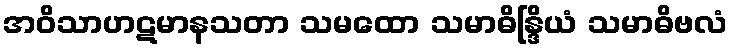
အဝိသာဟဋမာနသတာ သမထော သမာဓိန္ဒြိယံ သမာဓိဗလံ